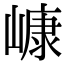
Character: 嵻